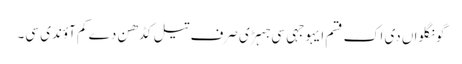
گونگلواں دی اک قسم ایہو جہی سی جہڑی صرف تیل کڈھن دے کم آؤندی سی۔